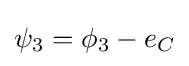
\psi _{3}=\phi _{3}-e_{C}